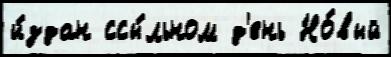
и́здан ссы́льном д'ень Но́вый